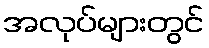
အလုပ်များတွင်